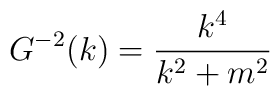
G^{-2}(k)=\frac{k^4}{k^2+m^2}